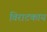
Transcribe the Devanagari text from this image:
विराटकाय